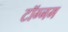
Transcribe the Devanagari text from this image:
टॉग्नम